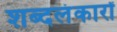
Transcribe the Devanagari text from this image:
शब्दलंकारों